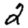
Digit: 2